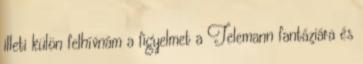
illeti külön felhívnám a figyelmet a Telemann fantáziára és